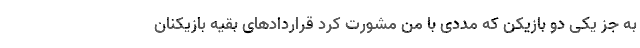
به جز یکی دو بازیکن که مددی با من مشورت کرد قراردادهای بقیه بازیکنان